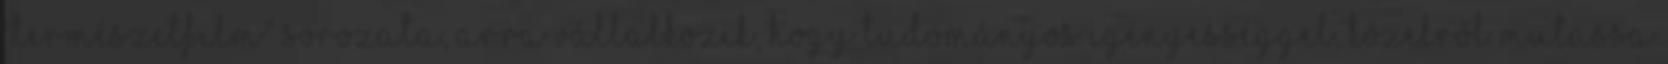
"természetfilm" sorozata, arra vállalkozik, hogy tudományos igényességgel, közelről mutassa